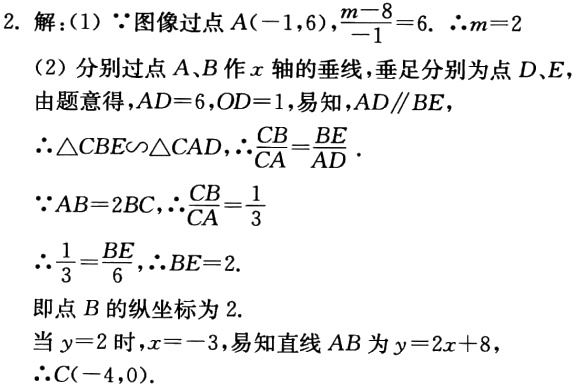
2. 解：(1) $\because$图像过点$A(-1,6)$，$\frac{m - 8}{-1}=6$. $\therefore m = 2$
(2) 分别过点$A$、$B$作$x$轴的垂线，垂足分别为点$D$、$E$
由题意得，$AD = 6$，$OD = 1$，易知，$AD\parallel BE$，
$\therefore\triangle CBE\backsim\triangle CAD$，$\therefore\frac{CB}{CA}=\frac{BE}{AD}$.
$\because AB = 2BC$，$\therefore\frac{CB}{CA}=\frac{1}{3}$
$\therefore\frac{1}{3}=\frac{BE}{6}$，$\therefore BE = 2$.
即点$B$的纵坐标为$2$.
当$y = 2$时，$x = - 3$，易知直线$AB$为$y = 2x + 8$，
$\therefore C(-4,0)$.